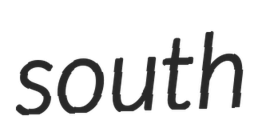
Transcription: south